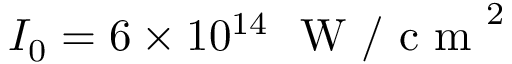
I _ { 0 } = 6 \times 1 0 ^ { 1 4 } ~ \textrm { W / c m } ^ { 2 }